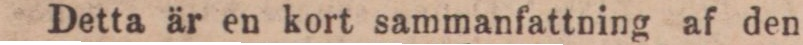
Detta är en kort sammanfattning af den